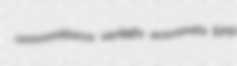
unresemblance squiggly acousmata EPSI